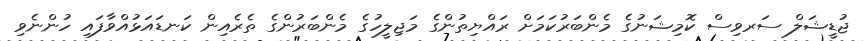
ޖުޑީޝަލް ސަރވިސް ކޮމިޝަނުގެ މެންބަރުކަމަށް ރައްޔިތުންގެ މަޖިލީހުގެ މެންބަރުންގެ ތެރެއިން ކަނޑައަޅުއްވާފައި ހުންނެވި